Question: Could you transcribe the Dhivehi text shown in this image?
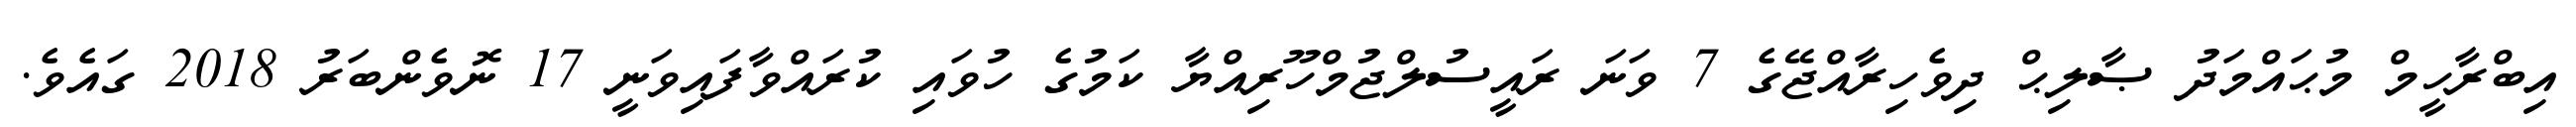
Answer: އިބްރާހީމް މުޙައްމަދު ޞާލިޙް ދިވެހިރާއްޖޭގެ 7 ވަނަ ރައީސުލްޖުމްހޫރިއްޔާ ކަމުގެ ހުވައި ކުރައްވާފައިވަނީ 17 ނޮވެންބަރު 2018 ގައެވެ.